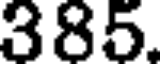
385.